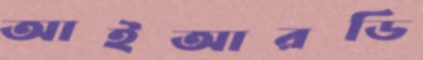
আইআরডি